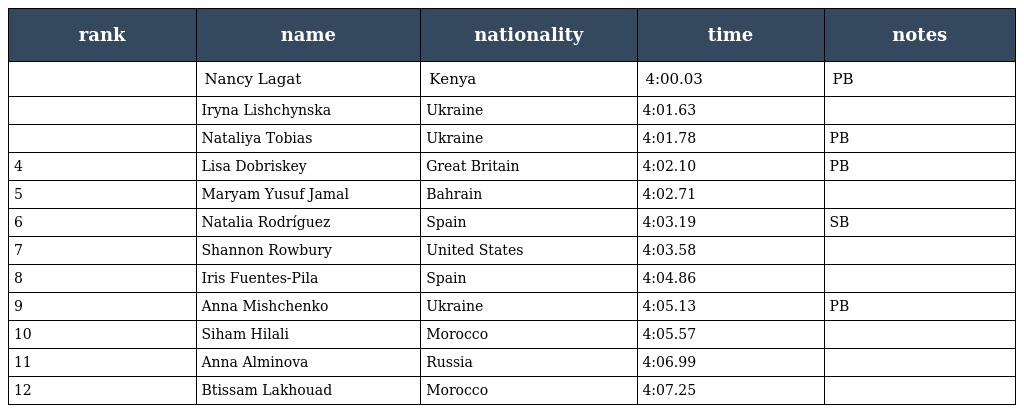
| rank | name | nationality | time | notes |
 | --- | --- | --- | --- | --- |
 |  | Nancy Lagat | Kenya | 4:00.03 | PB |
 |  | Iryna Lishchynska | Ukraine | 4:01.63 |  |
 |  | Nataliya Tobias | Ukraine | 4:01.78 | PB |
 | 4 | Lisa Dobriskey | Great Britain | 4:02.10 | PB |
 | 5 | Maryam Yusuf Jamal | Bahrain | 4:02.71 |  |
 | 6 | Natalia Rodríguez | Spain | 4:03.19 | SB |
 | 7 | Shannon Rowbury | United States | 4:03.58 |  |
 | 8 | Iris Fuentes-Pila | Spain | 4:04.86 |  |
 | 9 | Anna Mishchenko | Ukraine | 4:05.13 | PB |
 | 10 | Siham Hilali | Morocco | 4:05.57 |  |
 | 11 | Anna Alminova | Russia | 4:06.99 |  |
 | 12 | Btissam Lakhouad | Morocco | 4:07.25 |  |